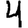
Digit: 4